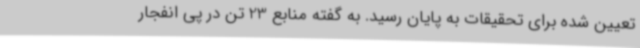
تعیین شده برای تحقیقات به پایان رسید. به گفته منابع 23 تن در پی انفجار